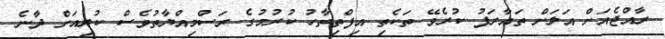
ރާއްޖެއަށް އަލަށް ތައާރަފު ކުރެވޭ ތަކެތި އިފްތިތާހު ކުރުމުގެ ރަސްމިއްޔާތުވެސް ކުރިއަށް ދާނެ